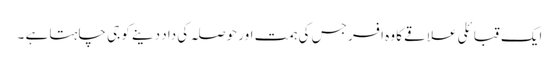
ایک قبائلی علاقے کا وہ افسر جس کی ہمت اور حوصلہ کی داد دینے کو جی چاہتا ہے ۔